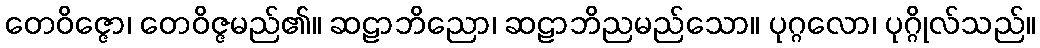
တေဝိဇ္ဇော၊ တေဝိဇ္ဇမည်၏။ ဆဠာဘိညော၊ ဆဠာဘိညမည်သော။ ပုဂ္ဂလော၊ ပုဂ္ဂိုလ်သည်။